Annual administration report of the Civil Veterinary Department, Ajmere-Merwara, British Rajputana - 1914-1940
Year: 1914
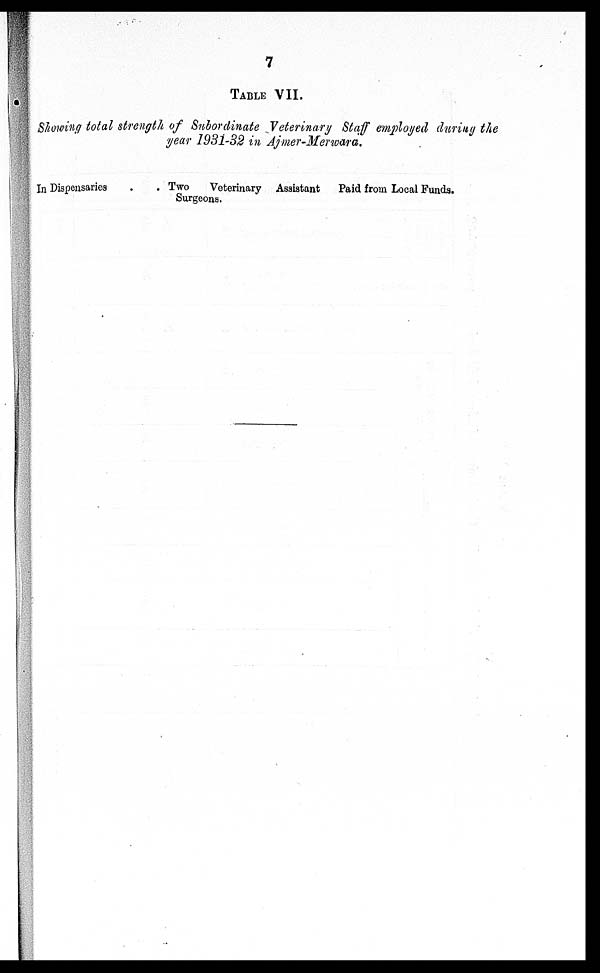
7
TABLE VII.
Showing total strength of Subordinate Veterinary Staff employed during the
year 1931-32 in Ajmer-Merwara.
In Dispensaries .
. Two
Veterinary Assistant
Surgeons.
Paid from Local Funds.